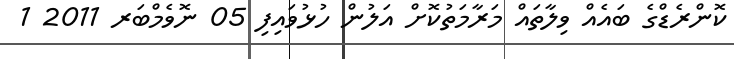
ކޮންރެޑްގެ ބައެއް ވިލާތައް މަރާމަތުކޮށް އަލުން ހުޅުވައިފި 05 ނޮވެމްބަރ 2011 1